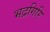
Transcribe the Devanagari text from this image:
भद्रगिरि